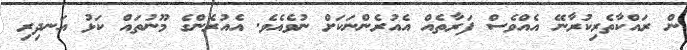
ން ރައްކާތެރިކުރާނޭ އެއްވެސް ފަރާތެއް އެއުރެންނަކަށް ނުވެއެވެ. އެއުރެންގެ މޫނުތައް ކަޅު އަނދިރި